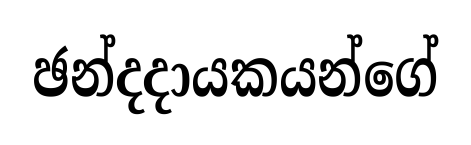
ඡන්දදායකයන්ගේ